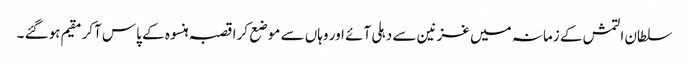
سلطان التمش کے زمانہ میں غزنین سے دہلی آئے اور وہاں سے موضع کرا قصبہ ہنسوہ کے پاس آکر مقیم ہوگئے ۔